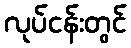
လုပ်ငန်းတွင်